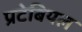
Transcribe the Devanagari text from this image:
प्रटेबियल